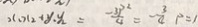
x _ { 1 } x _ { 2 } + y _ { 1 } y _ { 2 } = \frac { - 3 p ^ { 2 } } { 4 } = - \frac { 3 } { 4 } P = 1